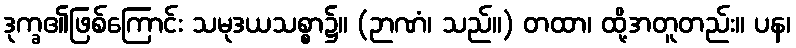
ဒုက္ခ၏ဖြစ်ကြောင်း သမုဒယသစ္စာ၌။ (ဉာဏံ၊ သည်။) တထာ၊ ထို့အတူတည်း။ ပန၊